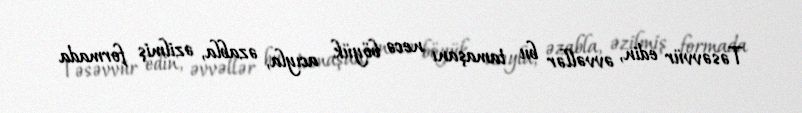
Təsəvvür edin, əvvəllər bu tamaşanı necə böyük acıyla, əzabla, əzilmiş formada